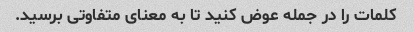
کلمات را در جمله عوض کنید تا به معنای متفاوتی برسید.